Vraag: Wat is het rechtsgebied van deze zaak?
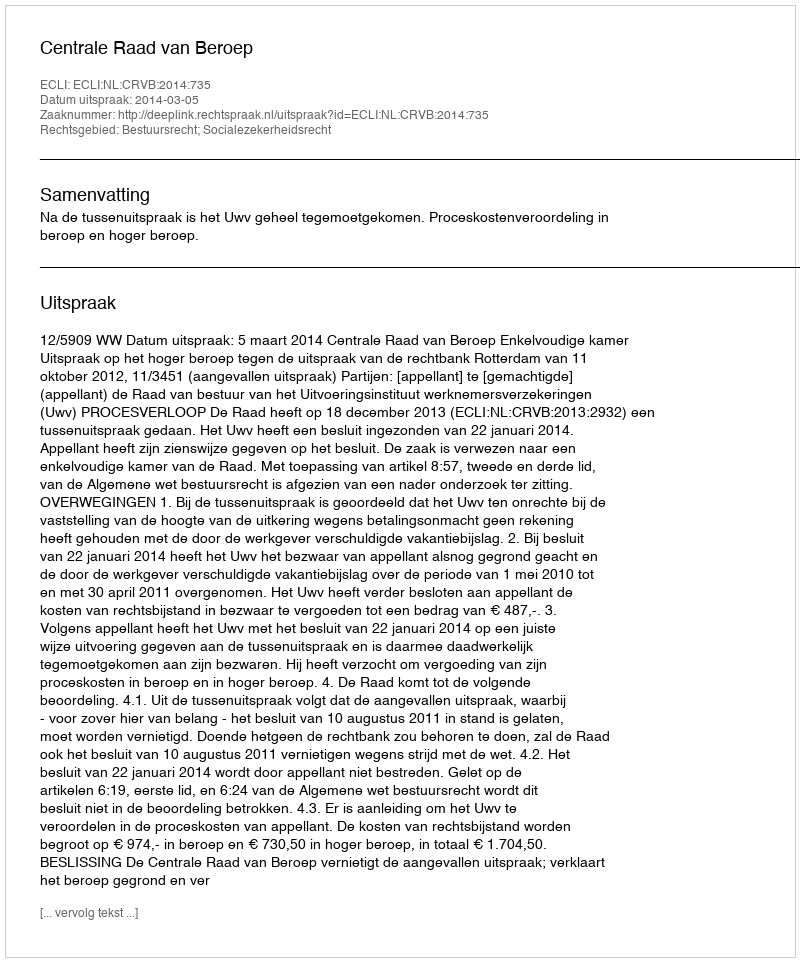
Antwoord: Bestuursrecht; Socialezekerheidsrecht